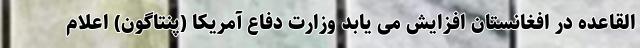
القاعده در افغانستان افزایش می یابد وزارت دفاع آمریکا (پنتاگون) اعلام